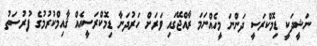
ނަޝީދަކީ ޑިމޮކްރަސީ ދަންނަ މީހެއްނަމަ ރާއްޖޭގައި ވަރަށް ހަރުދަނާ ޑިމޮކްރަސީއެއް ޤާއިމްކުރުމުގެ ފުރުސަތު